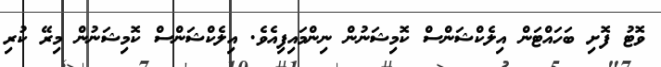
ވޮޓު ފޮށި ބަހައްޓަން އިލެކްޝަންސް ކޮމިޝަނުން ނިންމައިފިއެވެ. އިލެކްޝަންސް ކޮމިޝަނުން މިރޭ ކުރި